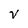
Character: V